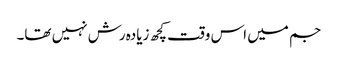
جم میں اس وقت کچھ زیادہ رش نہیں تھا۔